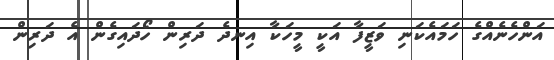
އަންހެނެއްގެ ހަމައެކަނި ވަޒީފާ އަކީ މީހަކާ އިނދެ ދަރިން ހޯދައިގެން އެ ދަރިން